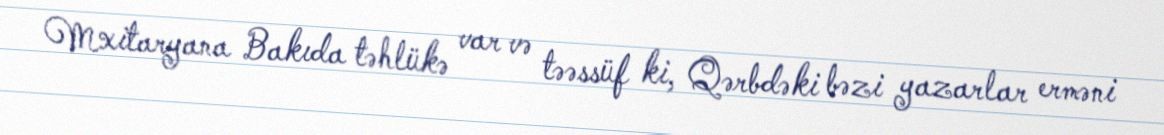
Mxitaryana Bakıda təhlükə var və təəssüf ki, Qərbdəki bəzi yazarlar erməni